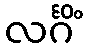
လင်္ဂိံ